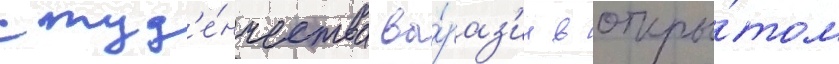
студ'е́нчества вы́раз'ил в откры́том